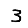
Digit: 3